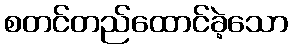
စတင်တည်ထောင်ခဲ့သော